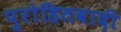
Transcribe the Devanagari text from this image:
पुरोहितवादी